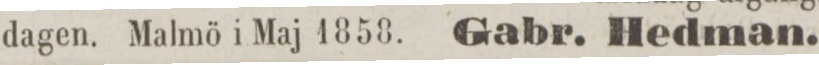
dagen. Malmö i Maj 1858. Gabr. Hedman.